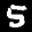
Label: 5